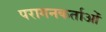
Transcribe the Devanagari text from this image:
परागनकर्ताओं